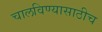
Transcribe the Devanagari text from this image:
चालविण्यासाठीच